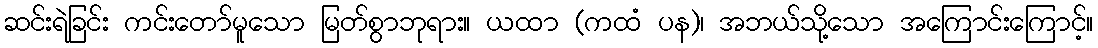
ဆင်းရဲခြင်း ကင်းတော်မူသော မြတ်စွာဘုရား။ ယထာ (ကထံ ပန)၊ အဘယ်သို့သော အကြောင်းကြောင့်။